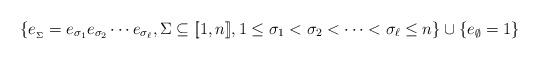
LaTeX: \begin{align*}\{ e_{_\Sigma} = e_{\sigma_1}e_{\sigma_2}\cdots e_{\sigma_\ell}, \Sigma \subseteq[\![1,n]\!], 1\leq \sigma_1< \sigma_2<\cdots <\sigma_\ell\leq n\}\cup \{e_\emptyset = 1\}\end{align*}